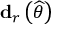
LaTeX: \mathbf { d } _ { r } \left( { \widehat { \theta } } \right)